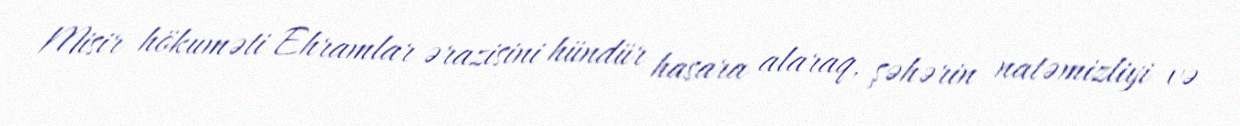
Misir hökuməti Ehramlar ərazisini hündür hasara alaraq, şəhərin natəmizliyi və